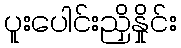
ပူးပေါင်းညှိနှိုင်း